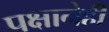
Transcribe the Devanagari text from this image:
पक्षानेही